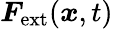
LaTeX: \boldsymbol{F}_{\mathrm{ext}}(\boldsymbol{x},t)